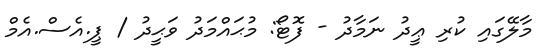
މާލޭގައި ކުރި ޢީދު ނަމާދު - ފޮޓޯ: މުޙައްމަދު ވަޙީދު / ޕީ.އެސް.އެމް